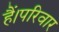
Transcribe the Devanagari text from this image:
हैं।परिवार